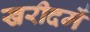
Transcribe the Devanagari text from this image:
खरीदमें